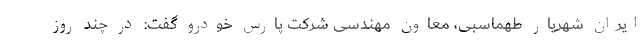
ایران شهریار طهماسبی، معاون مهندسی شرکت پارس خودرو گفت: در چند روز